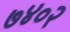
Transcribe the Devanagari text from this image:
७४०२